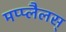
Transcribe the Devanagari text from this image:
मप्प्लैलस्